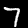
Label: 7